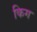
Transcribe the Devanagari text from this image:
किग